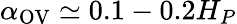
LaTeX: \alpha_{\mathrm{OV}}\simeq 0.1-0.2H_{P}